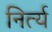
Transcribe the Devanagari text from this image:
निर्त्य